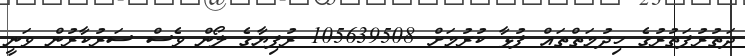
ދަތުރުފަތުރުގެ ހިދުމަތްތައް ފުޅާ ކުރުމަށް 105639508 ރުފިޔާގެ ލޯން ވެސް ސަރުކާރުން ވަނީ